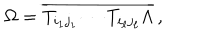
\Omega = \overline { { { T _ { i _ { 1 } j _ { 1 } } \cdots T _ { i _ { \ell } j _ { \ell } } \Lambda } } } \, ,